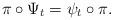
LaTeX: \begin{align*}\pi\circ\Psi_t = \psi_t\circ\pi.\end{align*}